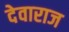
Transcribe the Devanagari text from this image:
देवाराज